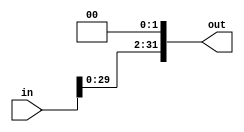
module LeftShift(out, in);
	input [31:0] in;
	output [31:0] out;
	assign out = {in[29:0], 1'b0, 1'b0};
endmodule